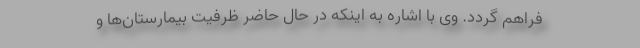
فراهم گردد. وی با اشاره به اینکه در حال حاضر ظرفیت بیمارستان‌ها و